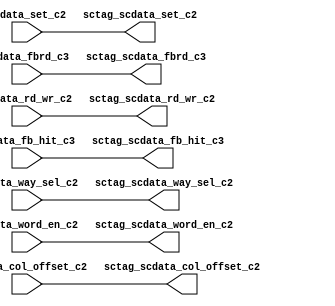
// ========== Copyright Header Begin ==========================================
// 
// OpenSPARC T1 Processor File: sctag_tagctlrep.v
// Copyright (c) 2006 Sun Microsystems, Inc.  All Rights Reserved.
// DO NOT ALTER OR REMOVE COPYRIGHT NOTICES.
// 
// The above named program is free software; you can redistribute it and/or
// modify it under the terms of the GNU General Public
// License version 2 as published by the Free Software Foundation.
// 
// The above named program is distributed in the hope that it will be 
// useful, but WITHOUT ANY WARRANTY; without even the implied warranty of
// MERCHANTABILITY or FITNESS FOR A PARTICULAR PURPOSE.  See the GNU
// General Public License for more details.
// 
// You should have received a copy of the GNU General Public
// License along with this work; if not, write to the Free Software
// Foundation, Inc., 51 Franklin St, Fifth Floor, Boston, MA 02110-1301, USA.
// 
// ========== Copyright Header End ============================================
module sctag_tagctlrep(/*AUTOARG*/
   // Outputs
   sctag_scdata_set_c2, sctag_scdata_way_sel_c2, 
   sctag_scdata_col_offset_c2, sctag_scdata_rd_wr_c2, 
   sctag_scdata_word_en_c2, sctag_scdata_fbrd_c3, 
   sctag_scdata_fb_hit_c3, 
   // Inputs
   scdata_set_c2, scdata_way_sel_c2, scdata_col_offset_c2, 
   scdata_rd_wr_c2, scdata_word_en_c2, scdata_fbrd_c3, 
   scdata_fb_hit_c3
   );


input  [9:0]	scdata_set_c2; // Left
input  [11:0]  scdata_way_sel_c2;
input  [3:0]   scdata_col_offset_c2;
input          scdata_rd_wr_c2;
input  [15:0]  scdata_word_en_c2;
input		scdata_fbrd_c3;
input		scdata_fb_hit_c3;


output  [9:0]	sctag_scdata_set_c2; // Right
output  [11:0]  sctag_scdata_way_sel_c2; // Right
output  [3:0]   sctag_scdata_col_offset_c2; // Right
output          sctag_scdata_rd_wr_c2; // Right
output  [15:0]  sctag_scdata_word_en_c2; // Right
output		sctag_scdata_fbrd_c3; // Right
output		sctag_scdata_fb_hit_c3; // Right


// 46 control bits.
assign	sctag_scdata_fb_hit_c3 = scdata_fb_hit_c3;
assign	sctag_scdata_fbrd_c3 = scdata_fbrd_c3 ;
assign	sctag_scdata_word_en_c2 = scdata_word_en_c2;
assign	sctag_scdata_rd_wr_c2 = scdata_rd_wr_c2 ;
assign	sctag_scdata_col_offset_c2 = scdata_col_offset_c2 ;
assign	sctag_scdata_way_sel_c2 = scdata_way_sel_c2;  
assign	sctag_scdata_set_c2 = scdata_set_c2 ; 




endmodule